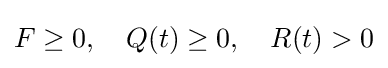
F\geq 0,\quad Q(t)\geq 0,\quad R(t)>0